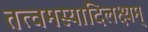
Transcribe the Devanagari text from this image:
तत्वमस्यादिलक्ष्यम्‌